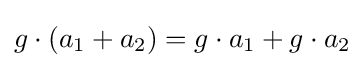
g\cdot (a_{1}+a_{2})=g\cdot a_{1}+g\cdot a_{2}